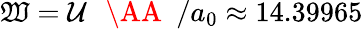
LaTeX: {\mathfrak{W}=\mathcal{U}\, \mathrm{{~{~\AA~}~}}/a_{0}\approx14.39965}